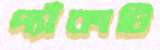
প্যাঁকাটি